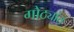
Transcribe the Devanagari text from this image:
गोठ्यांत